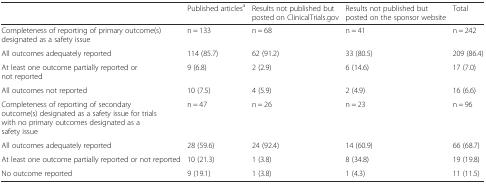
|  | Published articlesa | Results not published but posted on ClinicalTrials.gov | Results not published but posted on the sponsor website | Total |
 | --- | --- | --- | --- | --- |
 | Completeness of reporting of primary outcome(s) designated as a safety issue | n = 133 | n = 68 | n = 41 | n = 242 |
 | All outcomes adequately reported | 114 (85.7) | 62 (91.2) | 33 (80.5) | 209 (86.4) |
 | At least one outcome partially reported or not reported | 9 (6.8) | 2 (2.9) | 6 (14.6) | 17 (7.0) |
 | All outcomes not reported | 10 (7.5) | 4 (5.9) | 2 (4.9) | 16 (6.6) |
 | Completeness of reporting of secondary outcome(s) designated as a safety issue for trials with no primary outcomes designated as a safety issue | n = 47 | n = 26 | n = 23 | n = 96 |
 | All outcomes adequately reported | 28 (59.6) | 24 (92.4) | 14 (60.9) | 66 (68.7) |
 | At least one outcome partially reported or not reported | 10 (21.3) | 1 (3.8) | 8 (34.8) | 19 (19.8) |
 | No outcome reported | 9 (19.1) | 1 (3.8) | 1 (4.3) | 11 (11.5) |